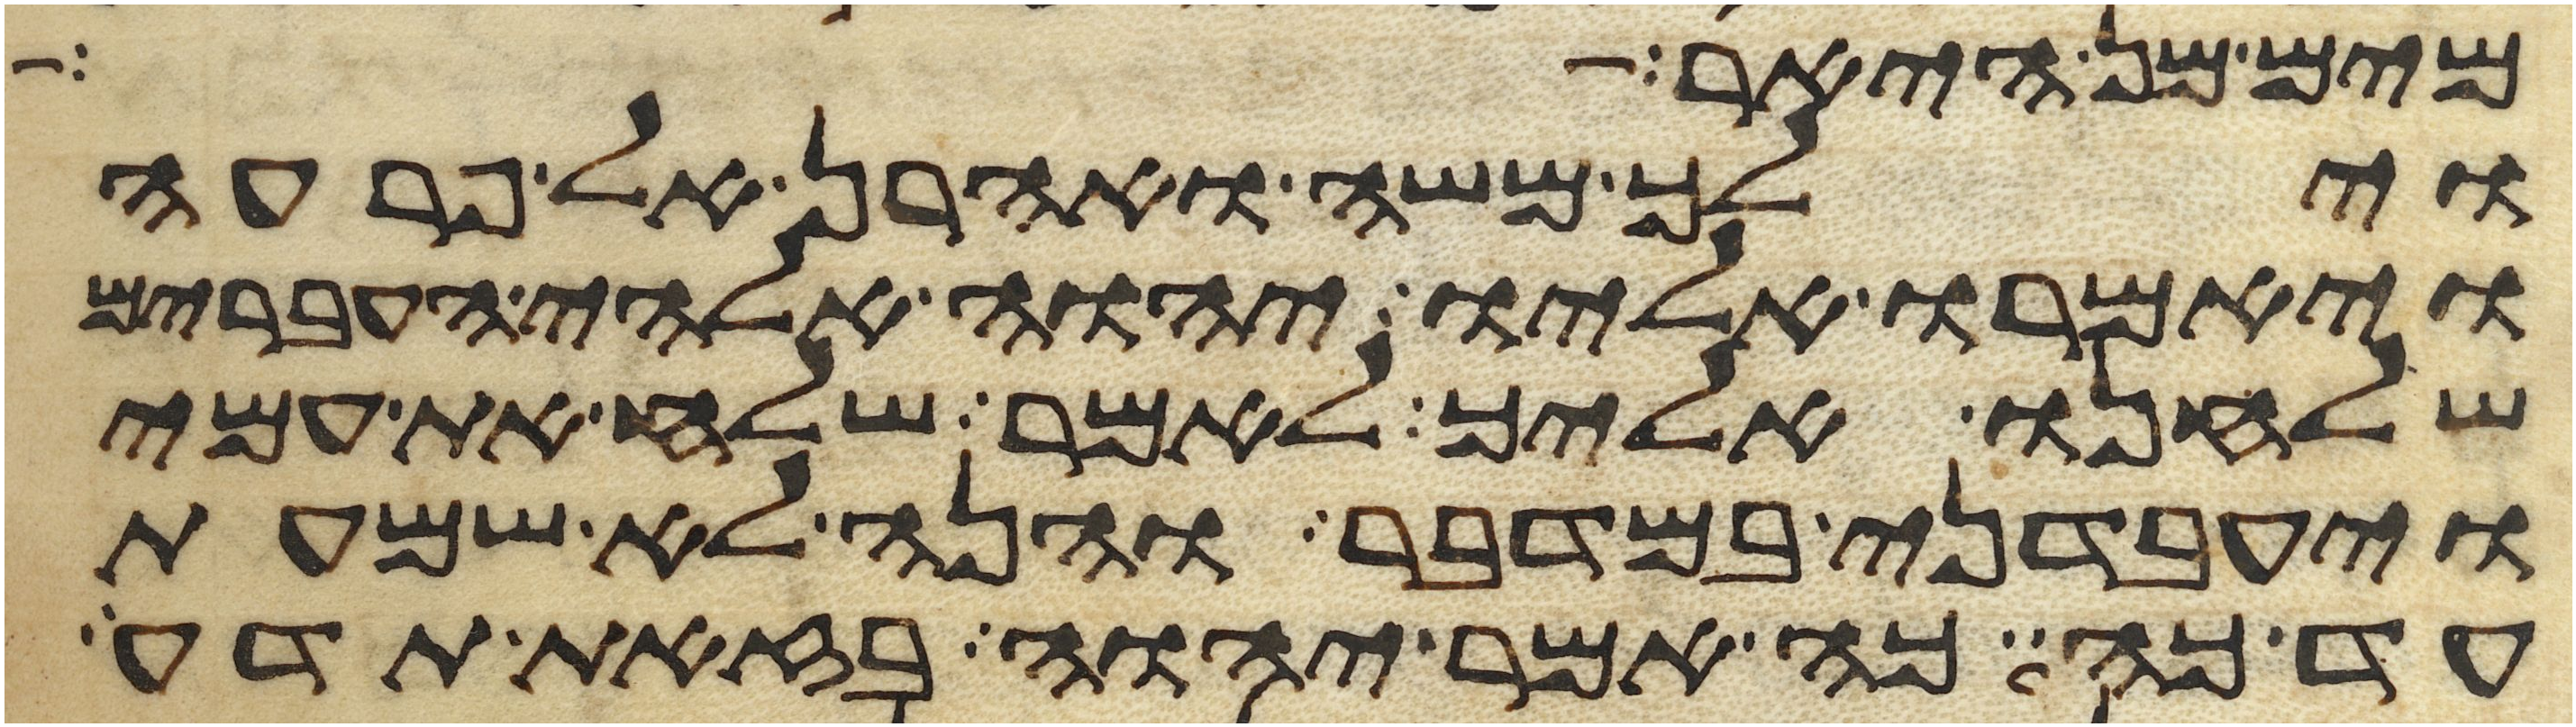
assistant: מים מן היאר
וילך משה ואהרן אל פרעה
ויאמרו אליו יהוה אלהי העברים
שלחנו אליך לאמר שלח את עמי
ויעבדני במדבר והנה לא שמעת
עד כה כה אמר יהוה בזאת תדע